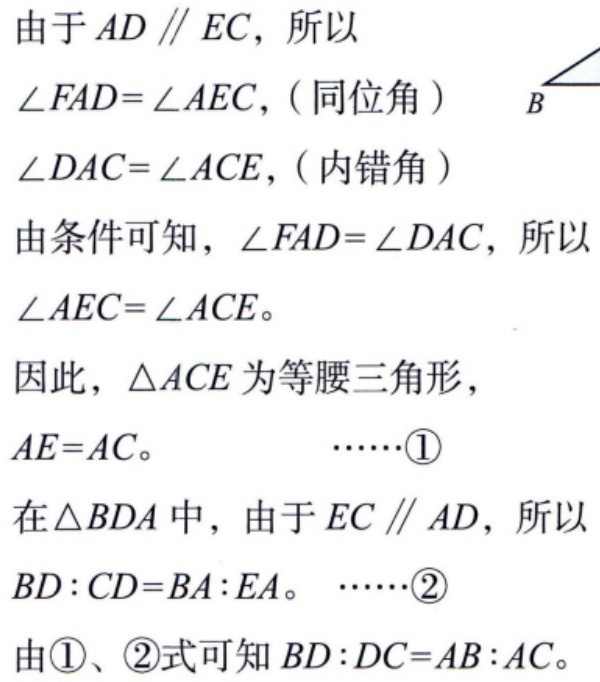
由于 \(AD \parallel EC\)，所以
\(\angle FAD = \angle AEC\)，（同位角）
\(\angle DAC = \angle ACE\)，（内错角）
由条件可知，\(\angle FAD = \angle DAC\)，所以
\(\angle AEC = \angle ACE\)。
因此，\(\triangle ACE\) 为等腰三角形，
\(AE = AC\)。  ……\(\textcircled{1}\)
在 \(\triangle BDA\) 中，由于 \(EC \parallel AD\)，所以
\(BD:CD = BA:EA\)。 ……\(\textcircled{2}\)
由 \(\textcircled{1}\)、\(\textcircled{2}\) 式可知 \(BD:DC = AB:AC\)。